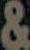
&